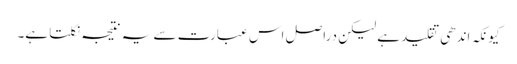
کیونکہ اندھی تقلید ہے لیکن دراصل اس عبارت سے یہ نتیجہ نکلتا ہے۔